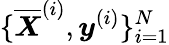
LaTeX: \{ \overline{{\boldsymbol X}}^{(i)},\boldsymbol y^{(i)}\} _{i=1}^{N}